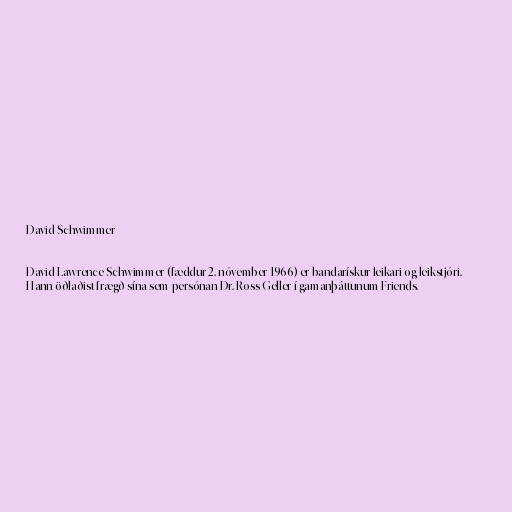
David Schwimmer

David Lawrence Schwimmer (fæddur 2. nóvember 1966) er bandarískur leikari og leikstjóri.
Hann öðlaðist frægð sína sem persónan Dr. Ross Geller í gamanþáttunum Friends.